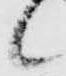
候